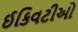
ઈકિવટીઓ